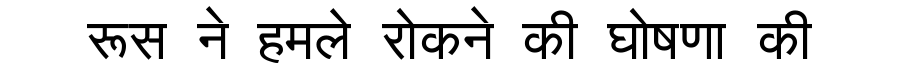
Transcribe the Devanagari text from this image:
रूस ने हमले रोकने की घोषणा की